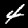
Label: 4